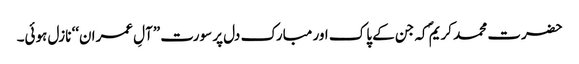
حضرت محمد کریمؐ کہ جن کے پاک اور مبارک دل پر سورت ”آلِ عمران‘‘ نازل ہوئی۔